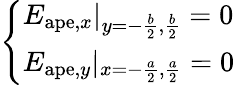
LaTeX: \left\{ \begin{array}{l}{E_{\mathrm{ape},x}|_{y=-\frac{b}{2},\frac{b}{2}}=0}\\ {E_{\mathrm{ape},y}|_{x=-\frac{a}{2},\frac{a}{2}}=0}\end{array}\right.